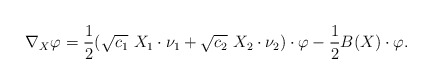
\begin{align*}\nabla_X \varphi = \frac{1}{2} (\sqrt{c_1}\ X_1 \cdot \nu_1 + \sqrt{c_2}\ X_2 \cdot \nu_2)\cdot\varphi - \frac{1}{2}B(X)\cdot \varphi.\end{align*}